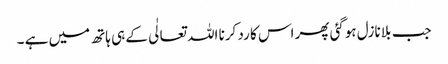
جب بلا نازل ہوگئی پھر اس کا رد کرنا اللہ تعالٰی کے ہی ہاتھ میں ہے ۔